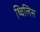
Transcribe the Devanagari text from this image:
थ्‍विलिस